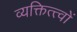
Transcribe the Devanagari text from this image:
व्यक्तित्त्वों